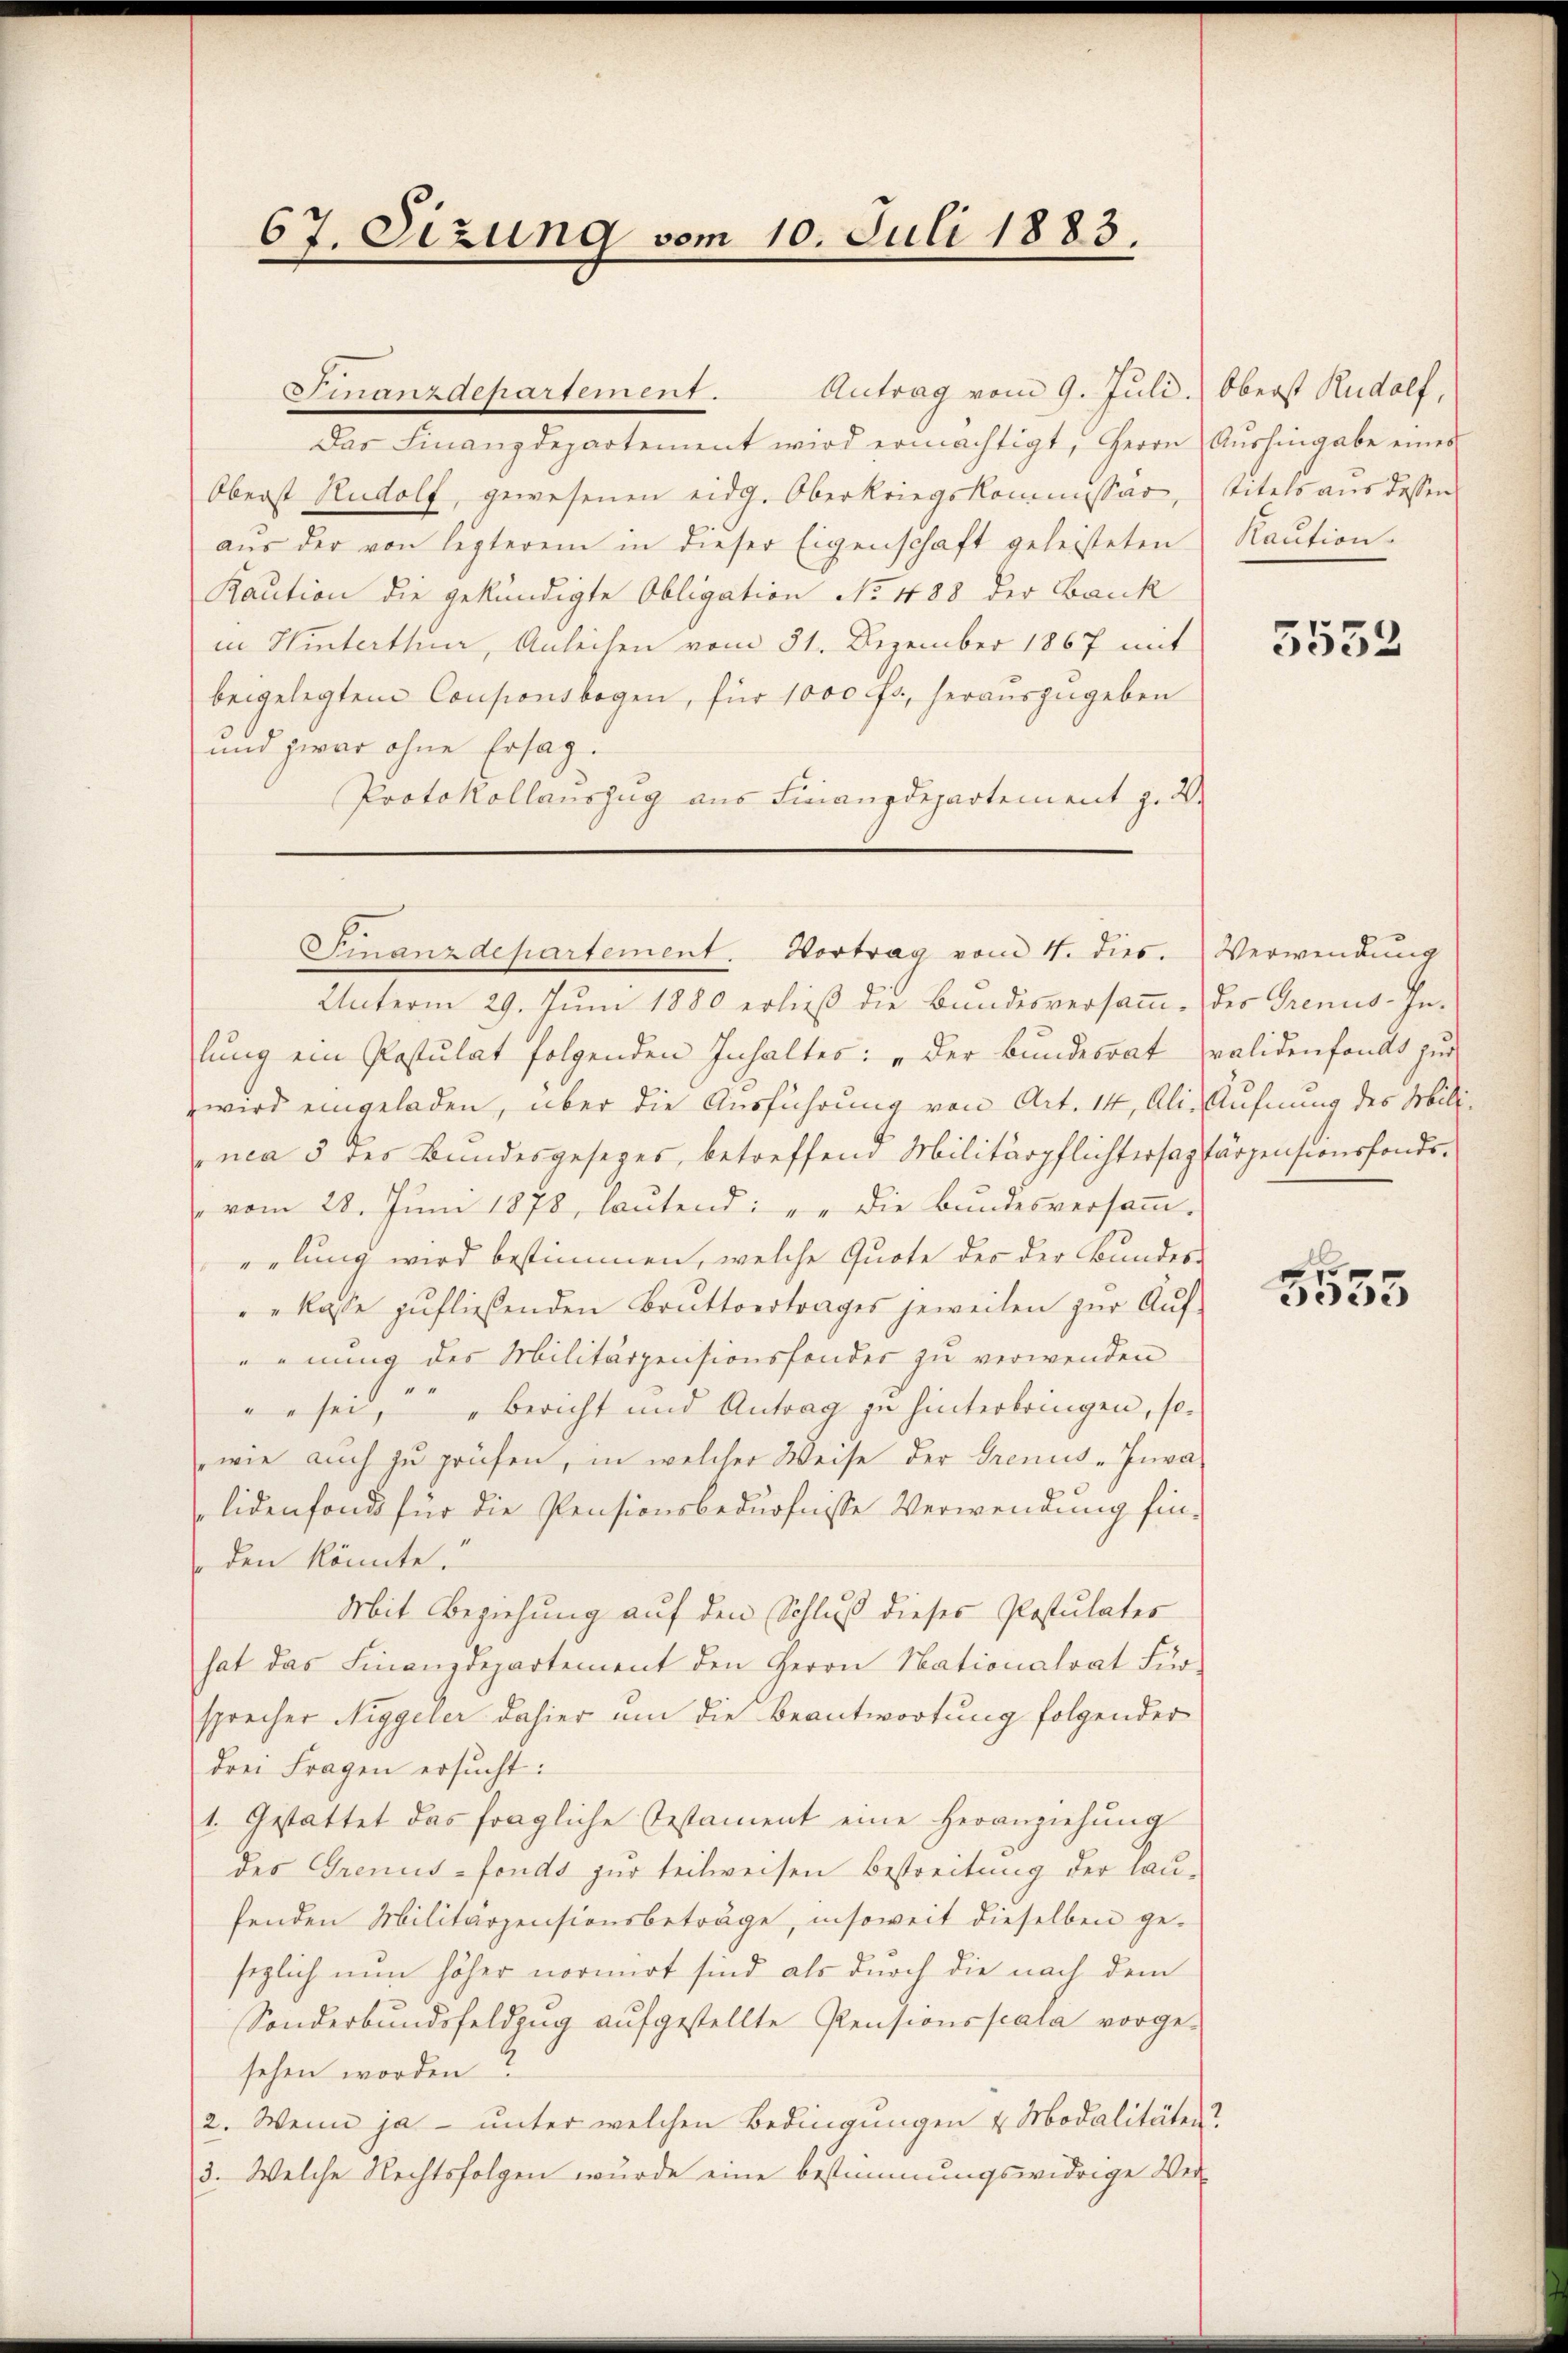
67. Sizung vom 10. Juli 1883.

Antrag vom 9. Juli. Oberst Rudolf,
Das Finanzdepartement wird ermächtigt, Herrn Aŭshingabe eines
Oberst Rudolf, gewesenen eidg. Oberkriegskommissär,
aŭs der von lezterem in dieser Eigenschaft geleisteten Kaŭtion-
Kaution die gekündigte Obligation No 488 der Bank
in Winterthur, Anleihen vom 31. Dezember 1867 mit
beigelegtem Consionsbogen, für 1000 Fr, herauszugeben
und zwar ohne Ersag
Protokollauszug aus Finanzdepartement z. B.

Smanzieharfement.

Finanzdepartement. Vortrag vom 4. dies. Verwendung

titels aus dessen

Unterm 29. Juni 1880 erließ die Bundesversamm- des Grenus-In-
lung ein Postulat folgenden Inhaltes: „Der Bundesrat validenfandt zur
wird eingeladen, über die Ausführung von Art. 14, Ali. Äufnung des Millinca 5 des Bundesgesezes, betreffend Militärpflichtersagtärzensionsfondevom 28. Jŭni 1878, laŭtend: „die Bŭndesversaṁ-
eelung wird bestimmen, welche Quote der der Bundes-
klasse zufließenden Bruttvertrages jeweilen zur Aufennung des Militärpensionssonder zu verwenden
" sei, Bericht und Antrag zu hinterbringen, sowie auch zu prüfen, in welcher Weise der Grenus-Inva
lidenfonds für die Pensionsbedürfnisse Verwendung fin-
den könnte.
Mit Beziehung auf den Schluß dieses Postulates
hat das Finanzdepartement den Herrn Nationalrat Für-
sprecher Niggeler dahier um die Beantwortung folgender
drei Fragen ersucht:
1. Gestattet das fragliche Testament eine Heranziehung
des Grenus-fonds zur teilweisen Bestreitung der lausenden Militarzensionsbeträge, insoweit dieselben gesezlich nun höher normirt sind, als durch die nach dem
Sonderbundsfeldzug aufgestellte Pensionsscala vorge-
sehen worden?
2. Wenn ja — unter welchen Bedingungen & Modalitäten?
3. Welche Rechtsfolgen wurde eine bestimmungswidrige Wei-

5552

E
3333